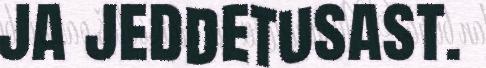
ja jeddetusast.